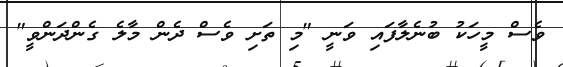
ވެސް މީހަކު ބުނެލާފައި ވަނީ "މި ތަށި ވެސް ދެން މާލެ ގެންދަންވީ"